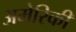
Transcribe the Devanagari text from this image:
अमेेरिकी